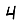
Digit: 4